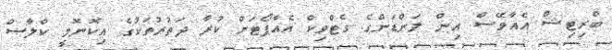
ބްރިޓިޝް އެއާވޭސް އިން ލަންޑަންގެ ގެޓްވިކް އެއާޕޯޓަށް ކުރާ ދަތުރުތަކުގެ އިކޮނޮމީ ކްލާސް